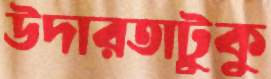
উদারতাটুকু